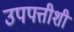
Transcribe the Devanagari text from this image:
उपपत्तीशी